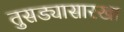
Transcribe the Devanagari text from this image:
तुसड्यासारखा